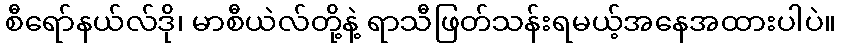
စီရော်နယ်လ်ဒို၊ မာစီယဲလ်တို့နဲ့ ရာသီဖြတ်သန်းရမယ့်အနေအထားပါပဲ။